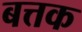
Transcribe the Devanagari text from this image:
बत्तक